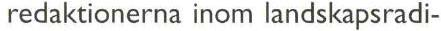
redaktionerna inom landskapsradi-